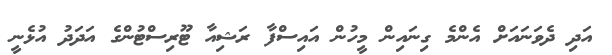
އަދި ދެވަނައަށް އެންމެ ގިނައިން މީހުން އައިސްފާ ރަޝިއާ ޓޫރިސްޓުންގެ އަދަދު އުޅެނީ